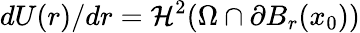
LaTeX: dU(r)/dr=\mathcal{H}^{2}(\Omega\cap\partial B_{r}(x_{0}))